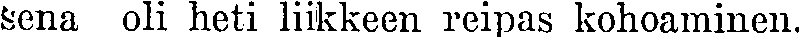
sena oli heti liikkeen reipas kohoaminen.